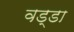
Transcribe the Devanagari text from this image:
वड्डा